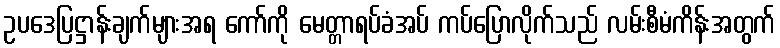
ဥပဒေပြဋ္ဌာန်းချက်များအရ ကော်ကို မေတ္တာရပ်ခံအပ် ကပ်ပြောလိုက်သည် လမ်းစီမံကိန်းအတွက်